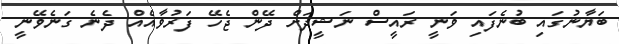
ބަޔާނުގައި ބުނެފައި ވަނީ ރައީސް ނަޝީދަށް ދޭން ޖެހޭ ފަރުވާއެއް ދެނެ ގަނެވޭނީ